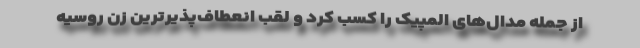
از جمله مدال‌های المپیک را کسب کرد و لقب انعطاف‌پذیر‌‌ترین زن روسیه